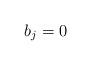
LaTeX: \begin{align*}b_j= 0\end{align*}